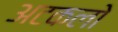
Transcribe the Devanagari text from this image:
अटकलो